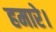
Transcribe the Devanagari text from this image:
हमारे।